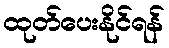
ထုတ်ပေးနိုင်ရန်